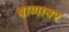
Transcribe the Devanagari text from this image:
बाणावर